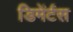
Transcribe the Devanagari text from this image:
डिमेंर्टस